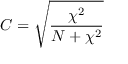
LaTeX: C = { \sqrt { \frac { \chi ^ { 2 } } { N + \chi ^ { 2 } } } }